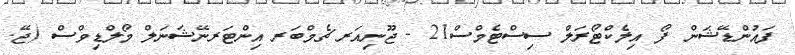
ފައުންޑޭޝަން ފޯ އިލެކްޓޯރަލް ސިސްޓެމްސް21 - ޖޫނިއަރ ޗެމްބަރ އިންޓަރނޭޝަނަލް މޯލްޑިވްސް (ޖޭ.